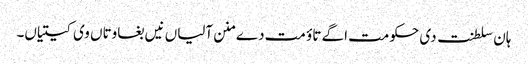
ہان سلطنت دی حکومت اگے تاؤ مت دے منن آلیاں نیں بغاوتاں وی کیتیاں۔